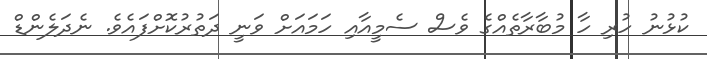
ކުޅުނު ހުރި ހާ މުބާރާތެއްގެ ވެސް ސެމީއާއި ހަމައަށް ވަނީ ދަތުރުކޮށްފައެވެ. ނެދަލެންޑް